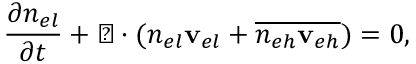
\frac { \partial n _ { e l } } { \partial t } + \triangledown \cdot ( n _ { e l } \mathbf { v } _ { e l } + \overline { { n _ { e h } \mathbf { v } _ { e h } } } ) = 0 ,